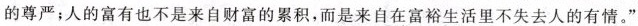
的尊严;人的富有也不是来自财富的累积，而是来自在富裕生活里不失去人的有情。